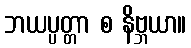
ဘယပ္ပတ္တာ စ နိဗ္ဘယာ။